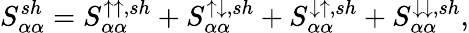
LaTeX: {S_{\alpha\alpha}^{sh}=S_{\alpha\alpha}^{\uparrow\uparrow,sh}+S_{\alpha\alpha}^{\uparrow\downarrow,sh}+S_{\alpha\alpha}^{\downarrow\uparrow,sh}+S_{\alpha\alpha}^{\downarrow\downarrow,sh}},